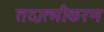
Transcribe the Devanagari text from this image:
तदात्मीकरण